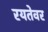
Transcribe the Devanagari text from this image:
रयतेवर